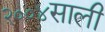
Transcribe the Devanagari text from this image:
२००४साली